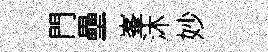
門壘峯沐妙